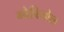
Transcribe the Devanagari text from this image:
ग्वेबियोल